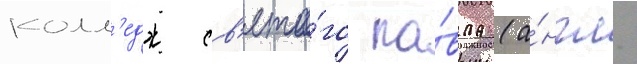
колл'едж св'ято́го па́вла (а́нгл.